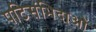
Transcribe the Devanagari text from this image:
पटिसंभिदाओं